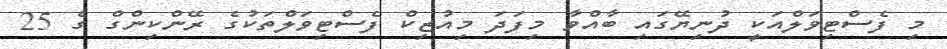
މި ފެސްޓިވަލްއަކީ ދުނިޔޭގައި ބާއްވާ މިފަދަ މިއުޒިކް ފެސްޓިވަލްތަކުގެ ރޭންކިންގް ގެ 25